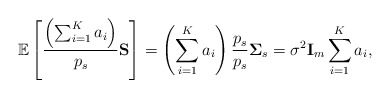
\begin{align*}\mathbb{E}\left[\frac{\left( \sum^K_{i=1} a_i \right)}{p_s} \mathbf{S}\right] = \left( \sum^K_{i=1} a_i \right) \frac{p_s}{p_s} \mathbf{\Sigma}_s= \sigma^2\mathbf{I}_m \sum^K_{i=1} a_i ,\end{align*}